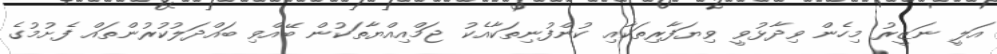
އަލީ ނަޒީރު މިހެން ވިދާޅުވީ ވިޔަފާރިތަކާއި ކުންފުނިތަކާއެކު ޖަމްއިއްޔާތަކުން ބޭއްވި ބައްދަލުކުރުންތައް ފެށުމުގެ